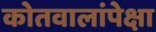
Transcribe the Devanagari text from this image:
कोतवालांपेक्षा